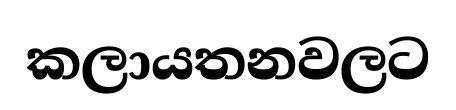
කලායතනවලට